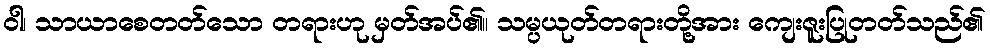
ဝါ၊ သာယာစေတတ်သော တရားဟု မှတ်အပ်၏။ သမ္ပယုတ်တရားတို့အား ကျေးဇူးပြုတတ်သည်၏